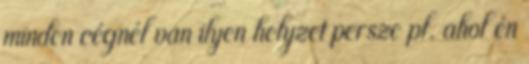
minden cégnél van ilyen helyzet persze pl. ahol én